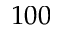
1 0 0